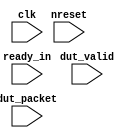
/*******************************************************************************
 * Function:  EMESH Transaction Monitor
 * License:   MIT (see LICENSE file in OH! repository)
 *
 ******************************************************************************/

/* verilator lint_off STMTDLY */
module emesh_monitor
  # (parameter PW       = 104,         // packet width
     parameter FILENAME = "UNDEFINED", // filename
     parameter ENABLE   = 0            // enable block
     )
   (
    //clock and reset
    input 	   clk,
    input 	   nreset,
    //monitors transaction on the wire
    input 	   dut_valid,
    input [PW-1:0] dut_packet,
    input 	   ready_in
    );

   generate
      if(ENABLE)
	begin
	   //core name for trace
	   reg [31:0] 	    ftrace;
	   reg [255:0] 	    tracefile;

	   initial
	     begin
		#10
		  $sformat(tracefile,"%0s_%0h%s",FILENAME);
		ftrace  = $fopen({tracefile}, "w");
	     end

	   always @ (posedge clk)
	     if(nreset & dut_valid & ready_in)
	       if (PW==112) begin: p112
		  $fwrite(ftrace, "%h_%h_%h_%h\n",
			  dut_packet[110:80],
			  dut_packet[79:48],
			  dut_packet[47:16],
			  dut_packet[15:0]);
	       end
	       else if (PW==144) begin: p144
		  $fwrite(ftrace, "%h_%h_%h_%h\n",
			  dut_packet[143:112],
			  dut_packet[111:48],
			  dut_packet[47:16],
			  dut_packet[15:0]);
	       end
	       else if (PW==208) begin: p208
		  $fwrite(ftrace, "%h_%h_%h_%h_%h\n",
			  dut_packet[207:144],
			  dut_packet[143:112],
			  dut_packet[111:48],
			  dut_packet[47:16],
			  dut_packet[15:0]);
	       end

	end
   endgenerate

endmodule // emesh_monitor